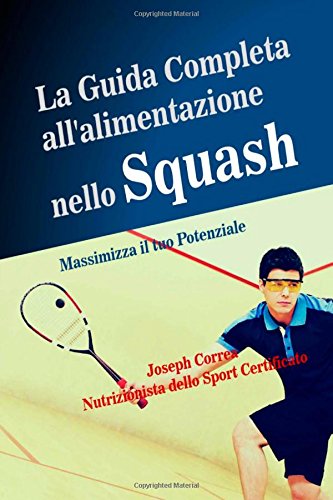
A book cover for La Guida Completa all'alimentazione nello Squash: Massimizza il tuo Potenziale (Italian Edition); Joseph Correa (Nutrizionista dello Sport Certificato); Sports & Outdoors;